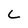
Character: C